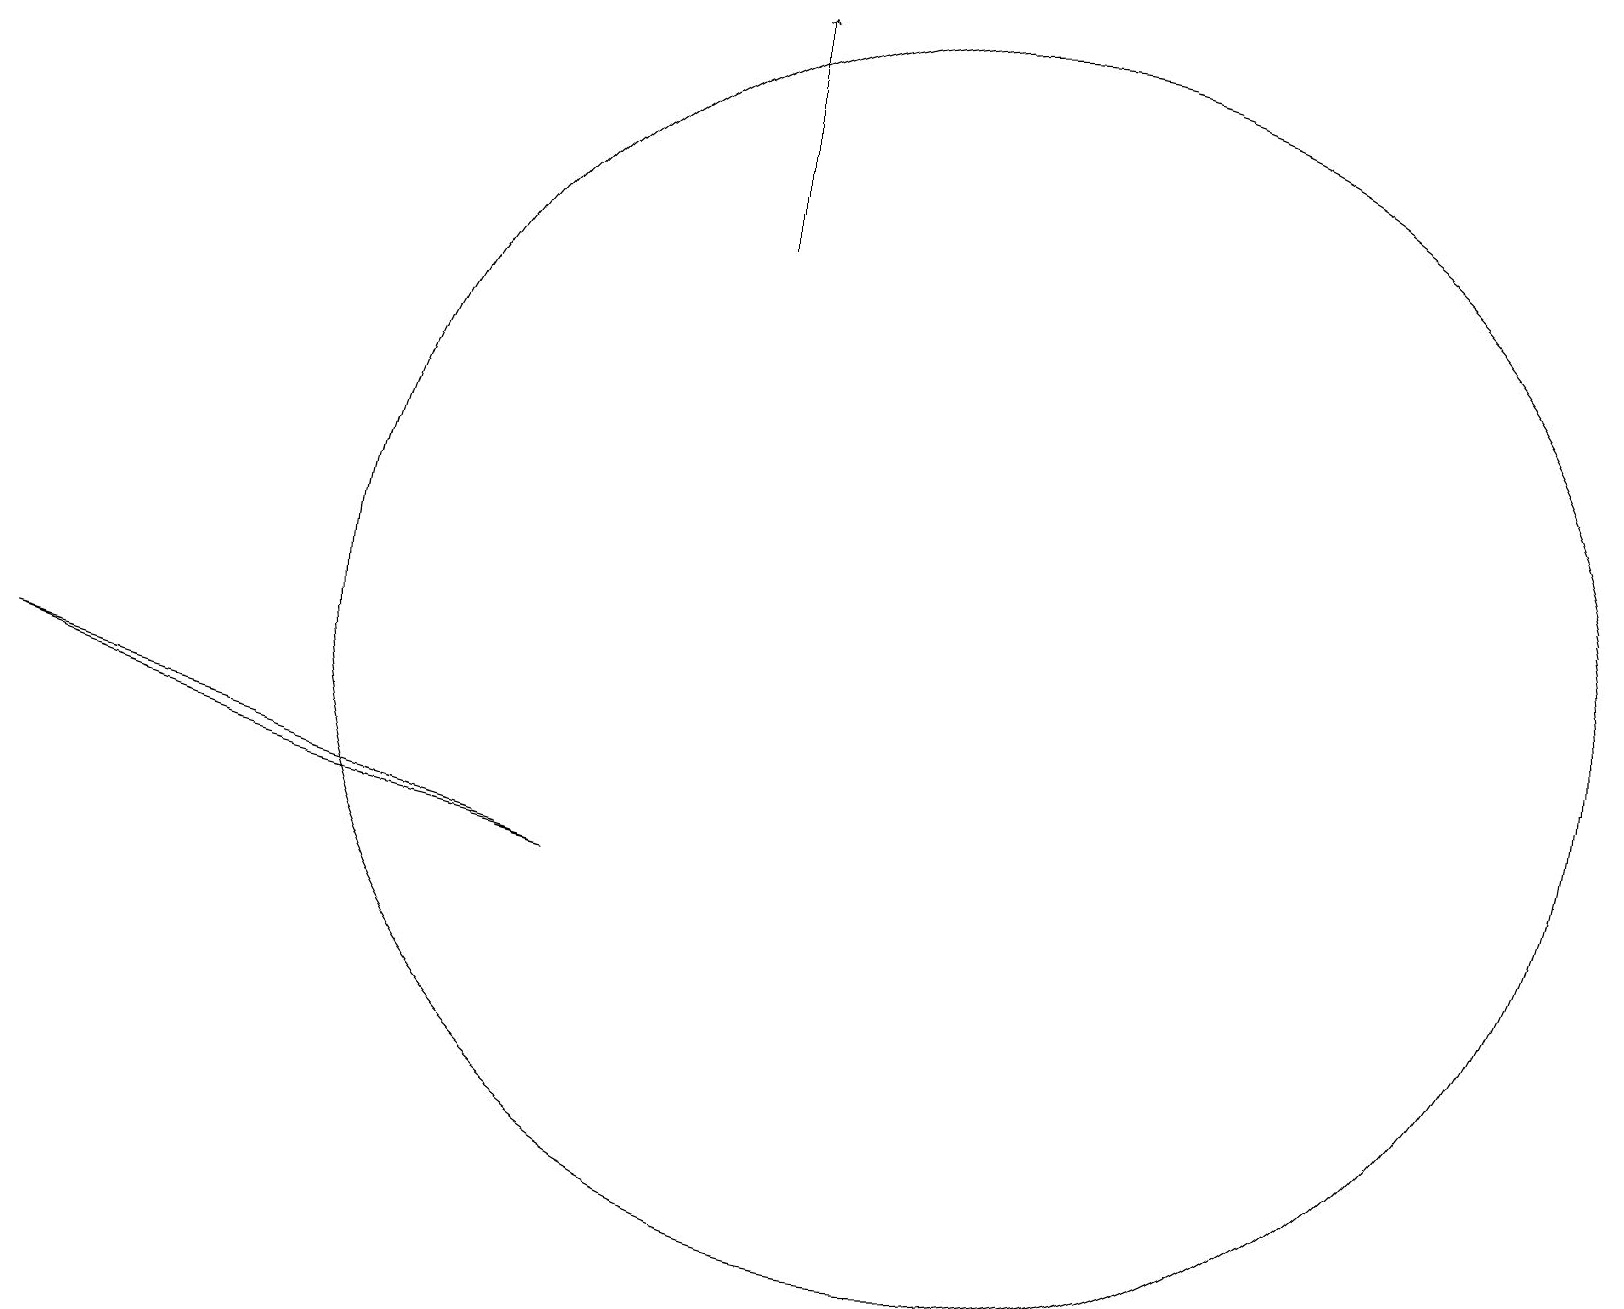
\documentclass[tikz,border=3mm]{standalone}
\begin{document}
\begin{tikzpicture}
\draw (12,10) circle (8);
\draw (0,9) -- (3,8) -- (7,7) -- cycle;
\draw[->] (9,15) -- (9,18);
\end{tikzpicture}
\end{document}